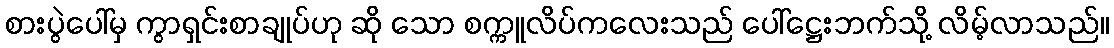
စားပွဲပေါ်မှ ကွာရှင်းစာချုပ်ဟု ဆို သော စက္ကူလိပ်ကလေးသည် ပေါ်ဋ္ဌေးဘက်သို့ လိမ့်လာသည်။